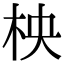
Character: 柍